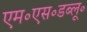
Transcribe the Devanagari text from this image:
एम॰एस॰डब्लू॰